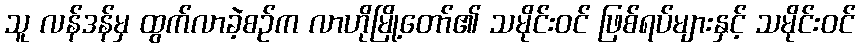
သူ လန်ဒန်မှ ထွက်လာခဲ့စဉ်က လာဟိုမြို့တော်၏ သမိုင်းဝင် ဖြစ်ရပ်များနှင့် သမိုင်းဝင်